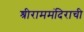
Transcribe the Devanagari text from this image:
श्रीराममंदिराची